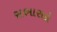
સભાસદો